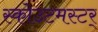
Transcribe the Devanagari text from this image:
स्कोउटमस्टर्